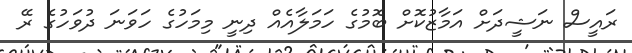
ރައީސް ނަޝީދަށް އަމާޒުކޮށް ބޮމުގެ ހަމަލާއެއް ދިނީ މިމަހުގެ ހަވަނަ ދުވަހުގެ ރޭ